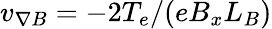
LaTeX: v_{\nabla B}=-2T_{e}/(eB_{x}L_{B})